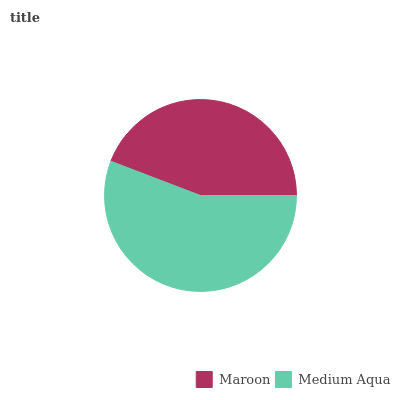
| Maroon | Medium Aqua |
 | --- | --- |
 | 44.2% | 55.8% |